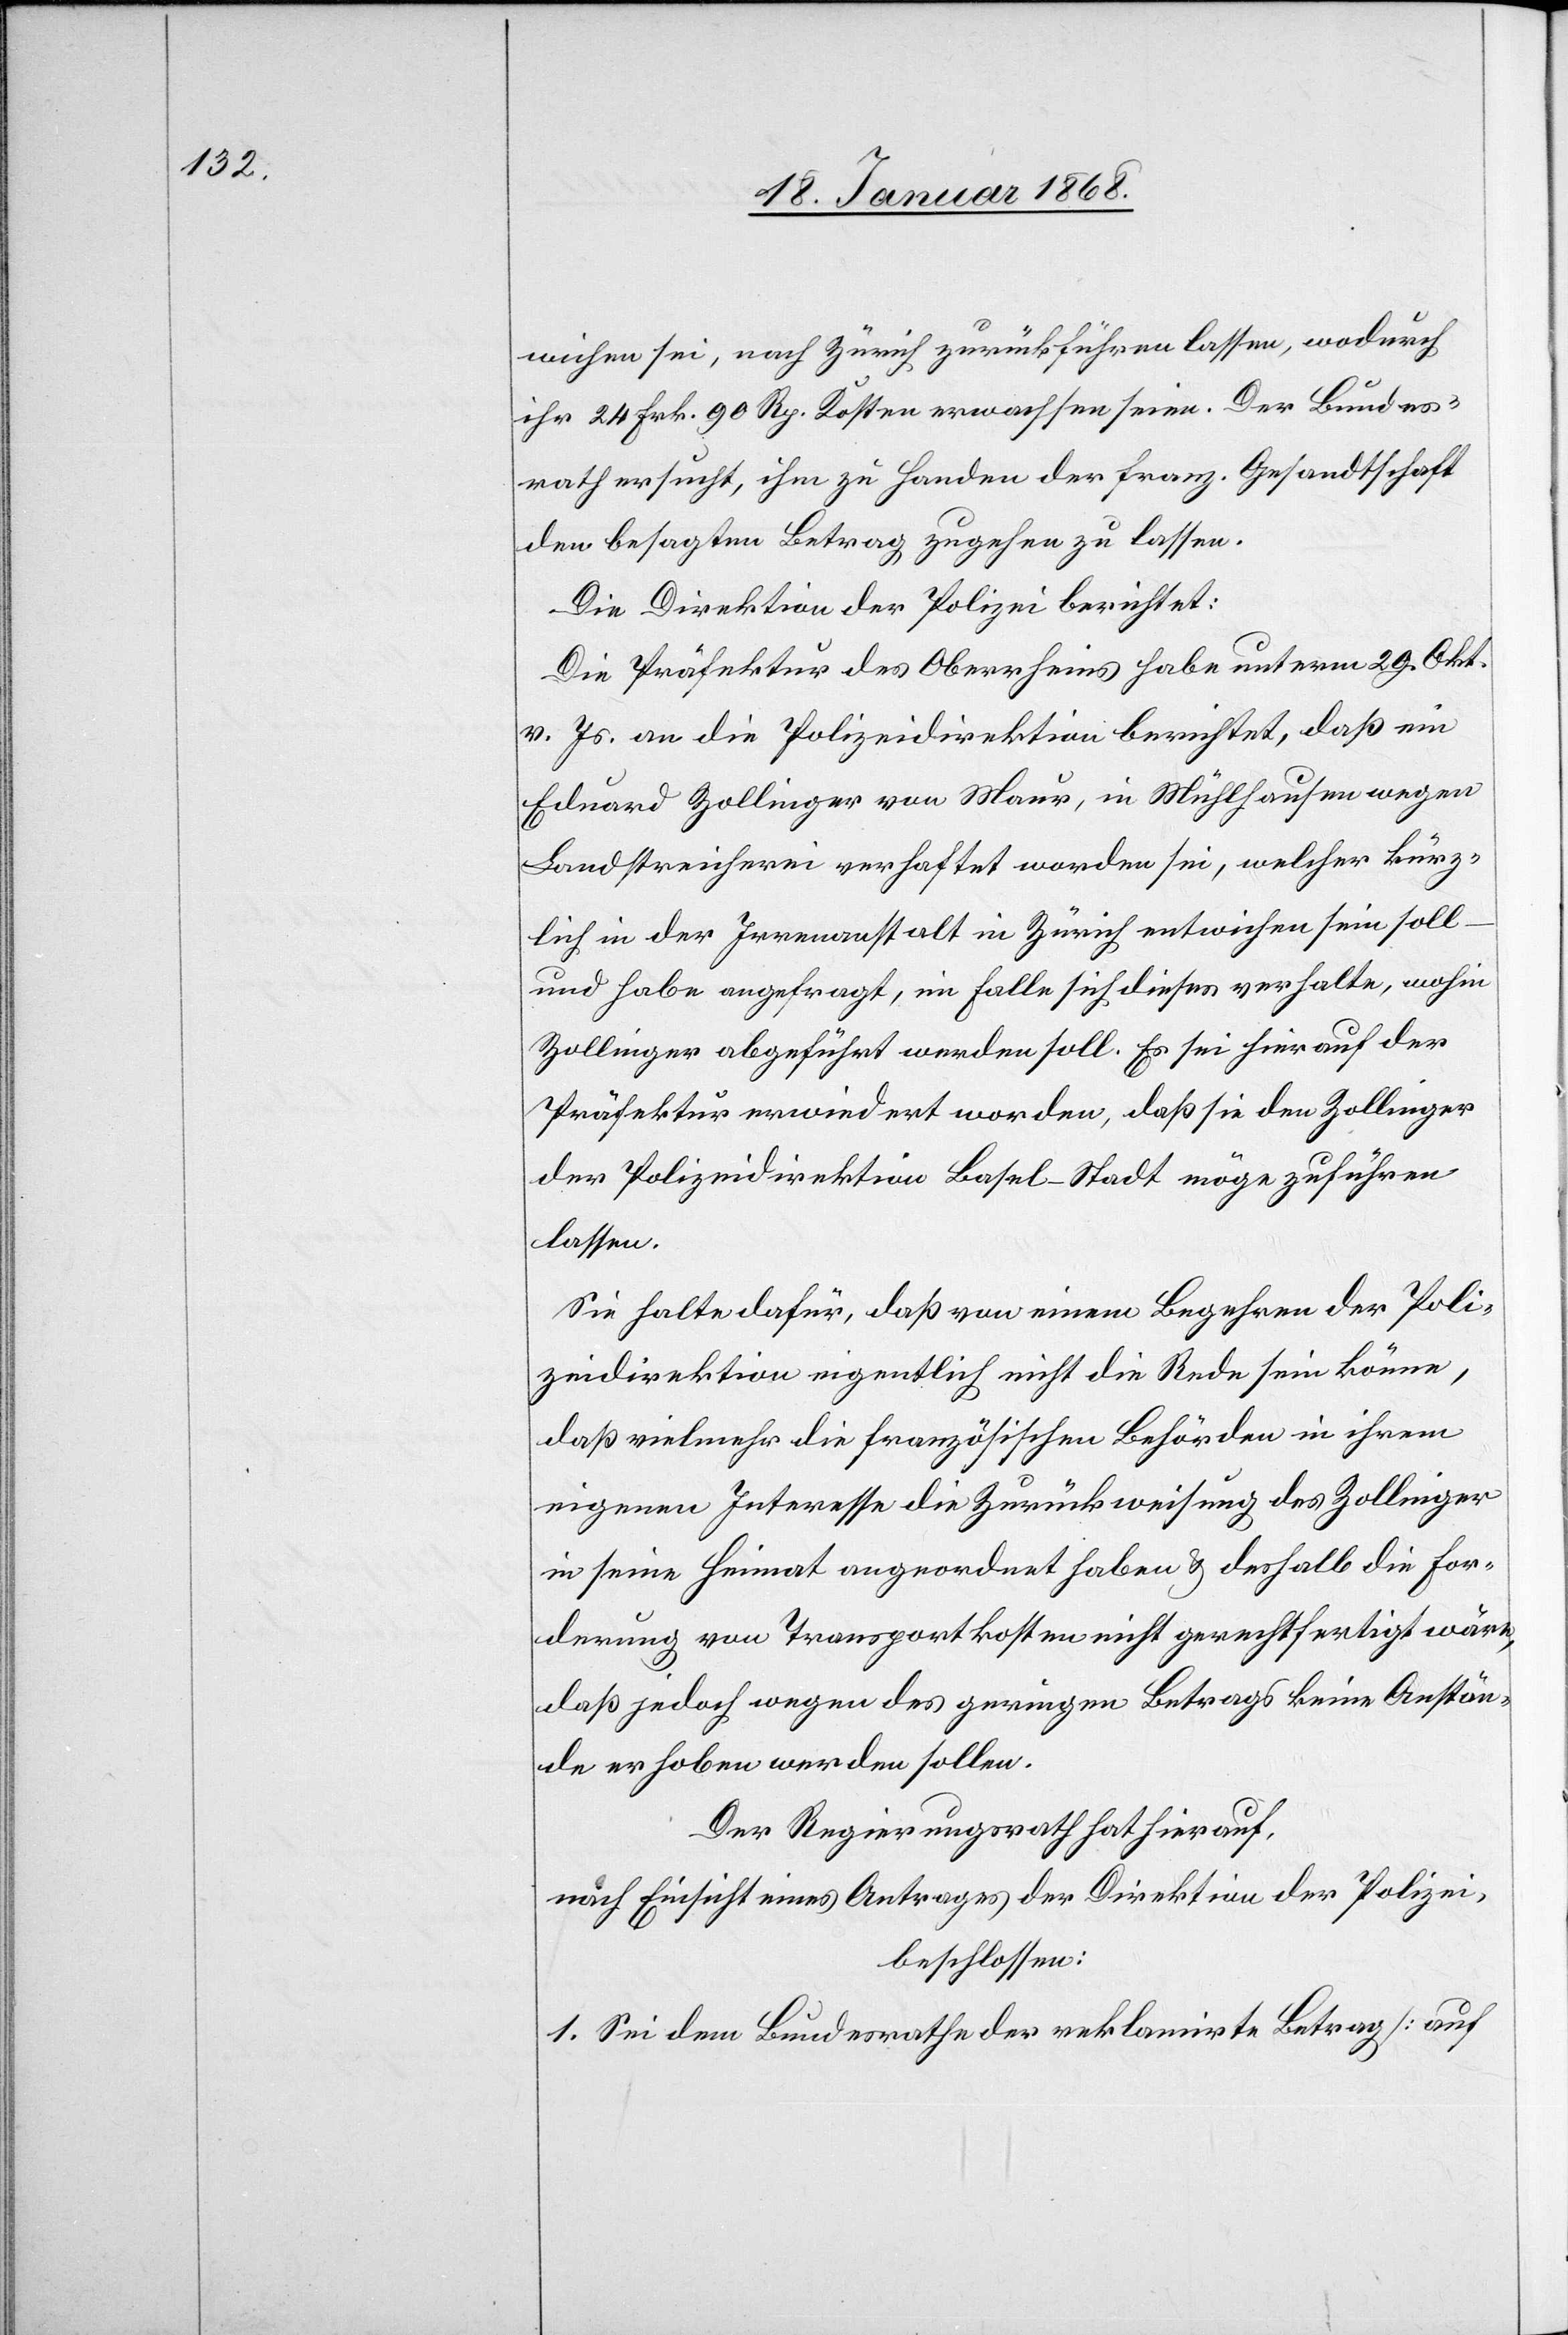
wichen sei, nach Zürich zurückführen lassen, wodurch
ihr 24 Frk. 90 Rp. Kosten erwachsen seien. Der Bundes¬
rath ersucht, ihm zu Handen der franz. Gesandtschaft
den besagten Betrag zugehen zu lassen.
Die Direktion der Polizei berichtet:
Die Präfektur des Oberrheins habe unterm 29. Okt.
v. Js. an die Polizeidirektion berichtet, daß ein
Eduard Zollinger von Maur, in Mühlhausen wegen
Landstreicherei verhaftet worden sei, welcher kürz¬
lich in der Irrenanstalt in Zürich entwichen sein soll
und habe angefragt, im Falle sich dieses verhalte, wohin
Zollinger abgeführt werden soll. Es sei hierauf der
Präfektur erwiedert worden, daß sie den Zollinger
der Polizeidirektion Basel-Stadt möge zuführen
lassen.
Sie halte dafür, daß von einem Begehren der Poli¬
zeidirektion eigentlich nicht die Rede sein könne,
daß vielmehr die französischen Behörden in ihrem
eigenen Interesse die Zurückweisung des Zollinger
in seine Heimat angeordnet haben & deshalb die For¬
derung von Transportkosten nicht gerechtfertigt wäre,
daß jedoch wegen des geringen Betrags keine Anstän¬
de erhoben werden sollen.
Der Regierungsrath hat hierauf,
nach Einsicht eines Antrages der Direktion der Polizei,
beschlossen:
1. Sei dem Bundesrathe der reklamirte Betrag [auf